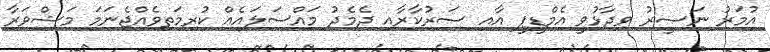
އުމަރު ނަޞީރު ވިދާޅުވީ އެމްޑީޕީ އާއި ސަރުކާރާއި ދެމެދު މައްސަލައެއް ކުރިމަތިވެއްޖެނަމަ މަޝްވަރާ